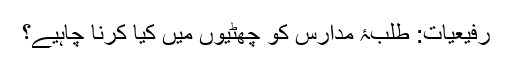
رفیعیات: طلبۂ مدارس کو چھٹیوں میں کیا کرنا چاہیے؟